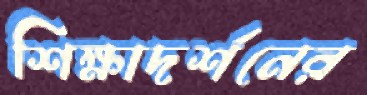
শিক্ষাদর্শনের